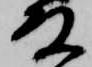
殿